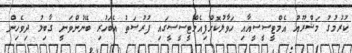
ކުރުމުގު މަޝްރޫއު އެމްޓީސީސީއާއި ހަވާލުކޮށްފިއެމްޓީސީސީގައި ފުރުސަތު އެބަހުރި ބޭނުންވަނީ ގާބިލު ދިވެހިން